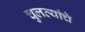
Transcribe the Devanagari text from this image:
चुलत्यांचे